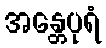
အန္တေပုရံ